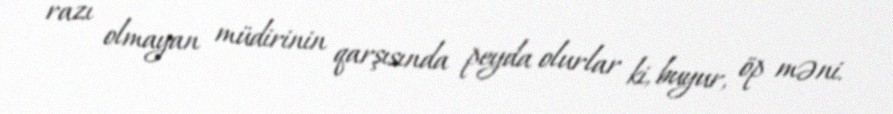
razı olmayan müdirinin qarşısında peyda olurlar ki, buyur, öp məni.